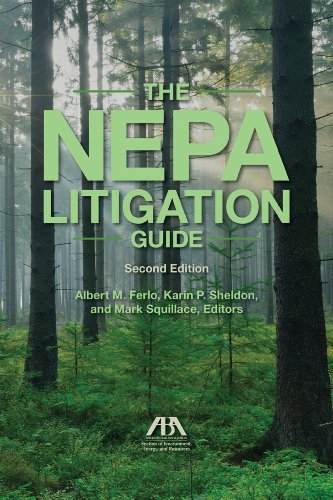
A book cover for The NEPA Litigation Guide; Law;